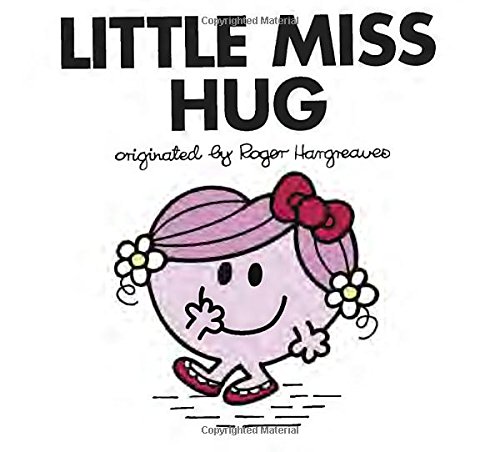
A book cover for Little Miss Hug (Mr. Men and Little Miss); Adam Hargreaves; Children's Books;